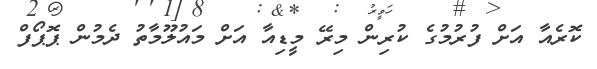
ކޮރެއާ އަށް ފުރުމުގެ ކުރިން މިރޭ މީޑިއާ އަށް މައުލޫމާތު ދެމުން ޕޮޕޯފް